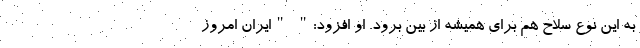
به این نوع سلاح هم برای همیشه از بین برود. او افزود:" "ایران امروز